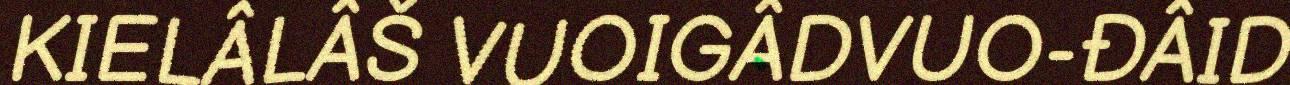
KIELÂLÂŠ VUOIGÂDVUO-ĐÂID